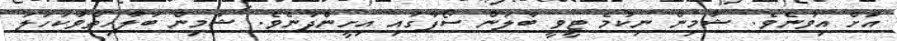
އަށް އިވުނެވެ. ޝާމިން ނިކުމެ ޓީވީ ބާލަން ސޯފާގައި އިށީންދުނެވެ. ޝާމިން ބަލާހިތްވާކަހަލަ